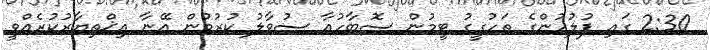
2:30 ގައި ފުލުހުންގެ ތަހުގީގު ޓީމުން ސޮބާހުއާ ސުވާލު ކުރުމުން އޭނާ އިޚްތިޔާރުކުރެއްވީ